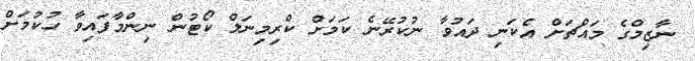
ނާޒިމްގެ މައްޗަށް އެކަނި ދައުވާ ނުކުރޭނެ ކަމަށް ކްރިމިނަލް ކޯޓުން ނިންމާފައިވާ ހުކުމަށް